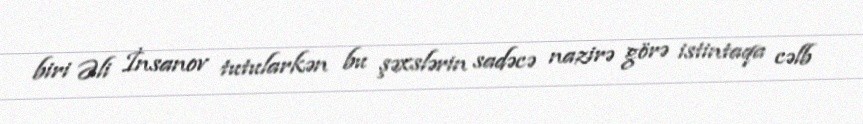
biri Əli İnsanov tutularkən bu şəxslərin sadəcə nazirə görə istintaqa cəlb